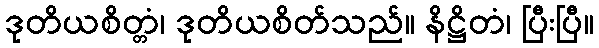
ဒုတိယစိတ္တံ၊ ဒုတိယစိတ်သည်။ နိဋ္ဌိတံ၊ ပြီးပြီ။